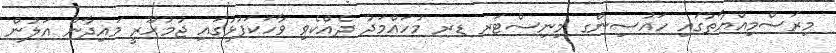
މިރަސްމިއްޔާތުގައި ހައުސިންގ މިނިސްޓަރ ޑރ މުހައްމަދު ދެއްކެވި ވާހަކަފުޅުގައި ޖުމުހޫރީ މައިދާން އަލުން